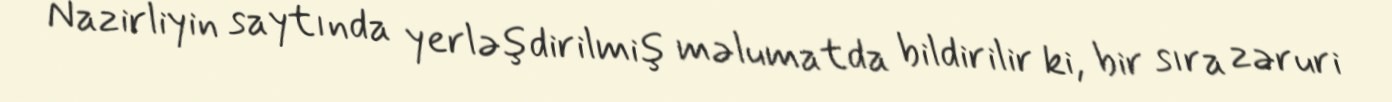
Nazirliyin saytında yerləşdirilmiş məlumatda bildirilir ki, bir sıra zəruri